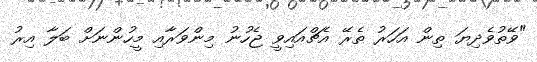
"ވޭތުވެދިޔަ ތިން އަހަރު ތެރޭ އެޗްއައިވީ ޖެހުނު މިންވަރާއި މީހުންނަށް ބަލާ އިރު